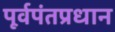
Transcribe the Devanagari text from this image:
पूर्वपंतप्रधान